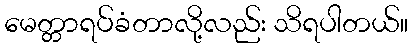
မေတ္တာရပ်ခံတာလို့လည်း သိရပါတယ်။